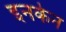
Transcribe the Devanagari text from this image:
इनकेन